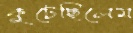
কুটেছিলেম